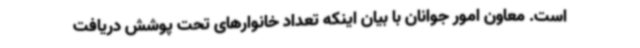
است. معاون امور جوانان با بیان اینکه تعداد خانوارهای تحت پوشش دریافت